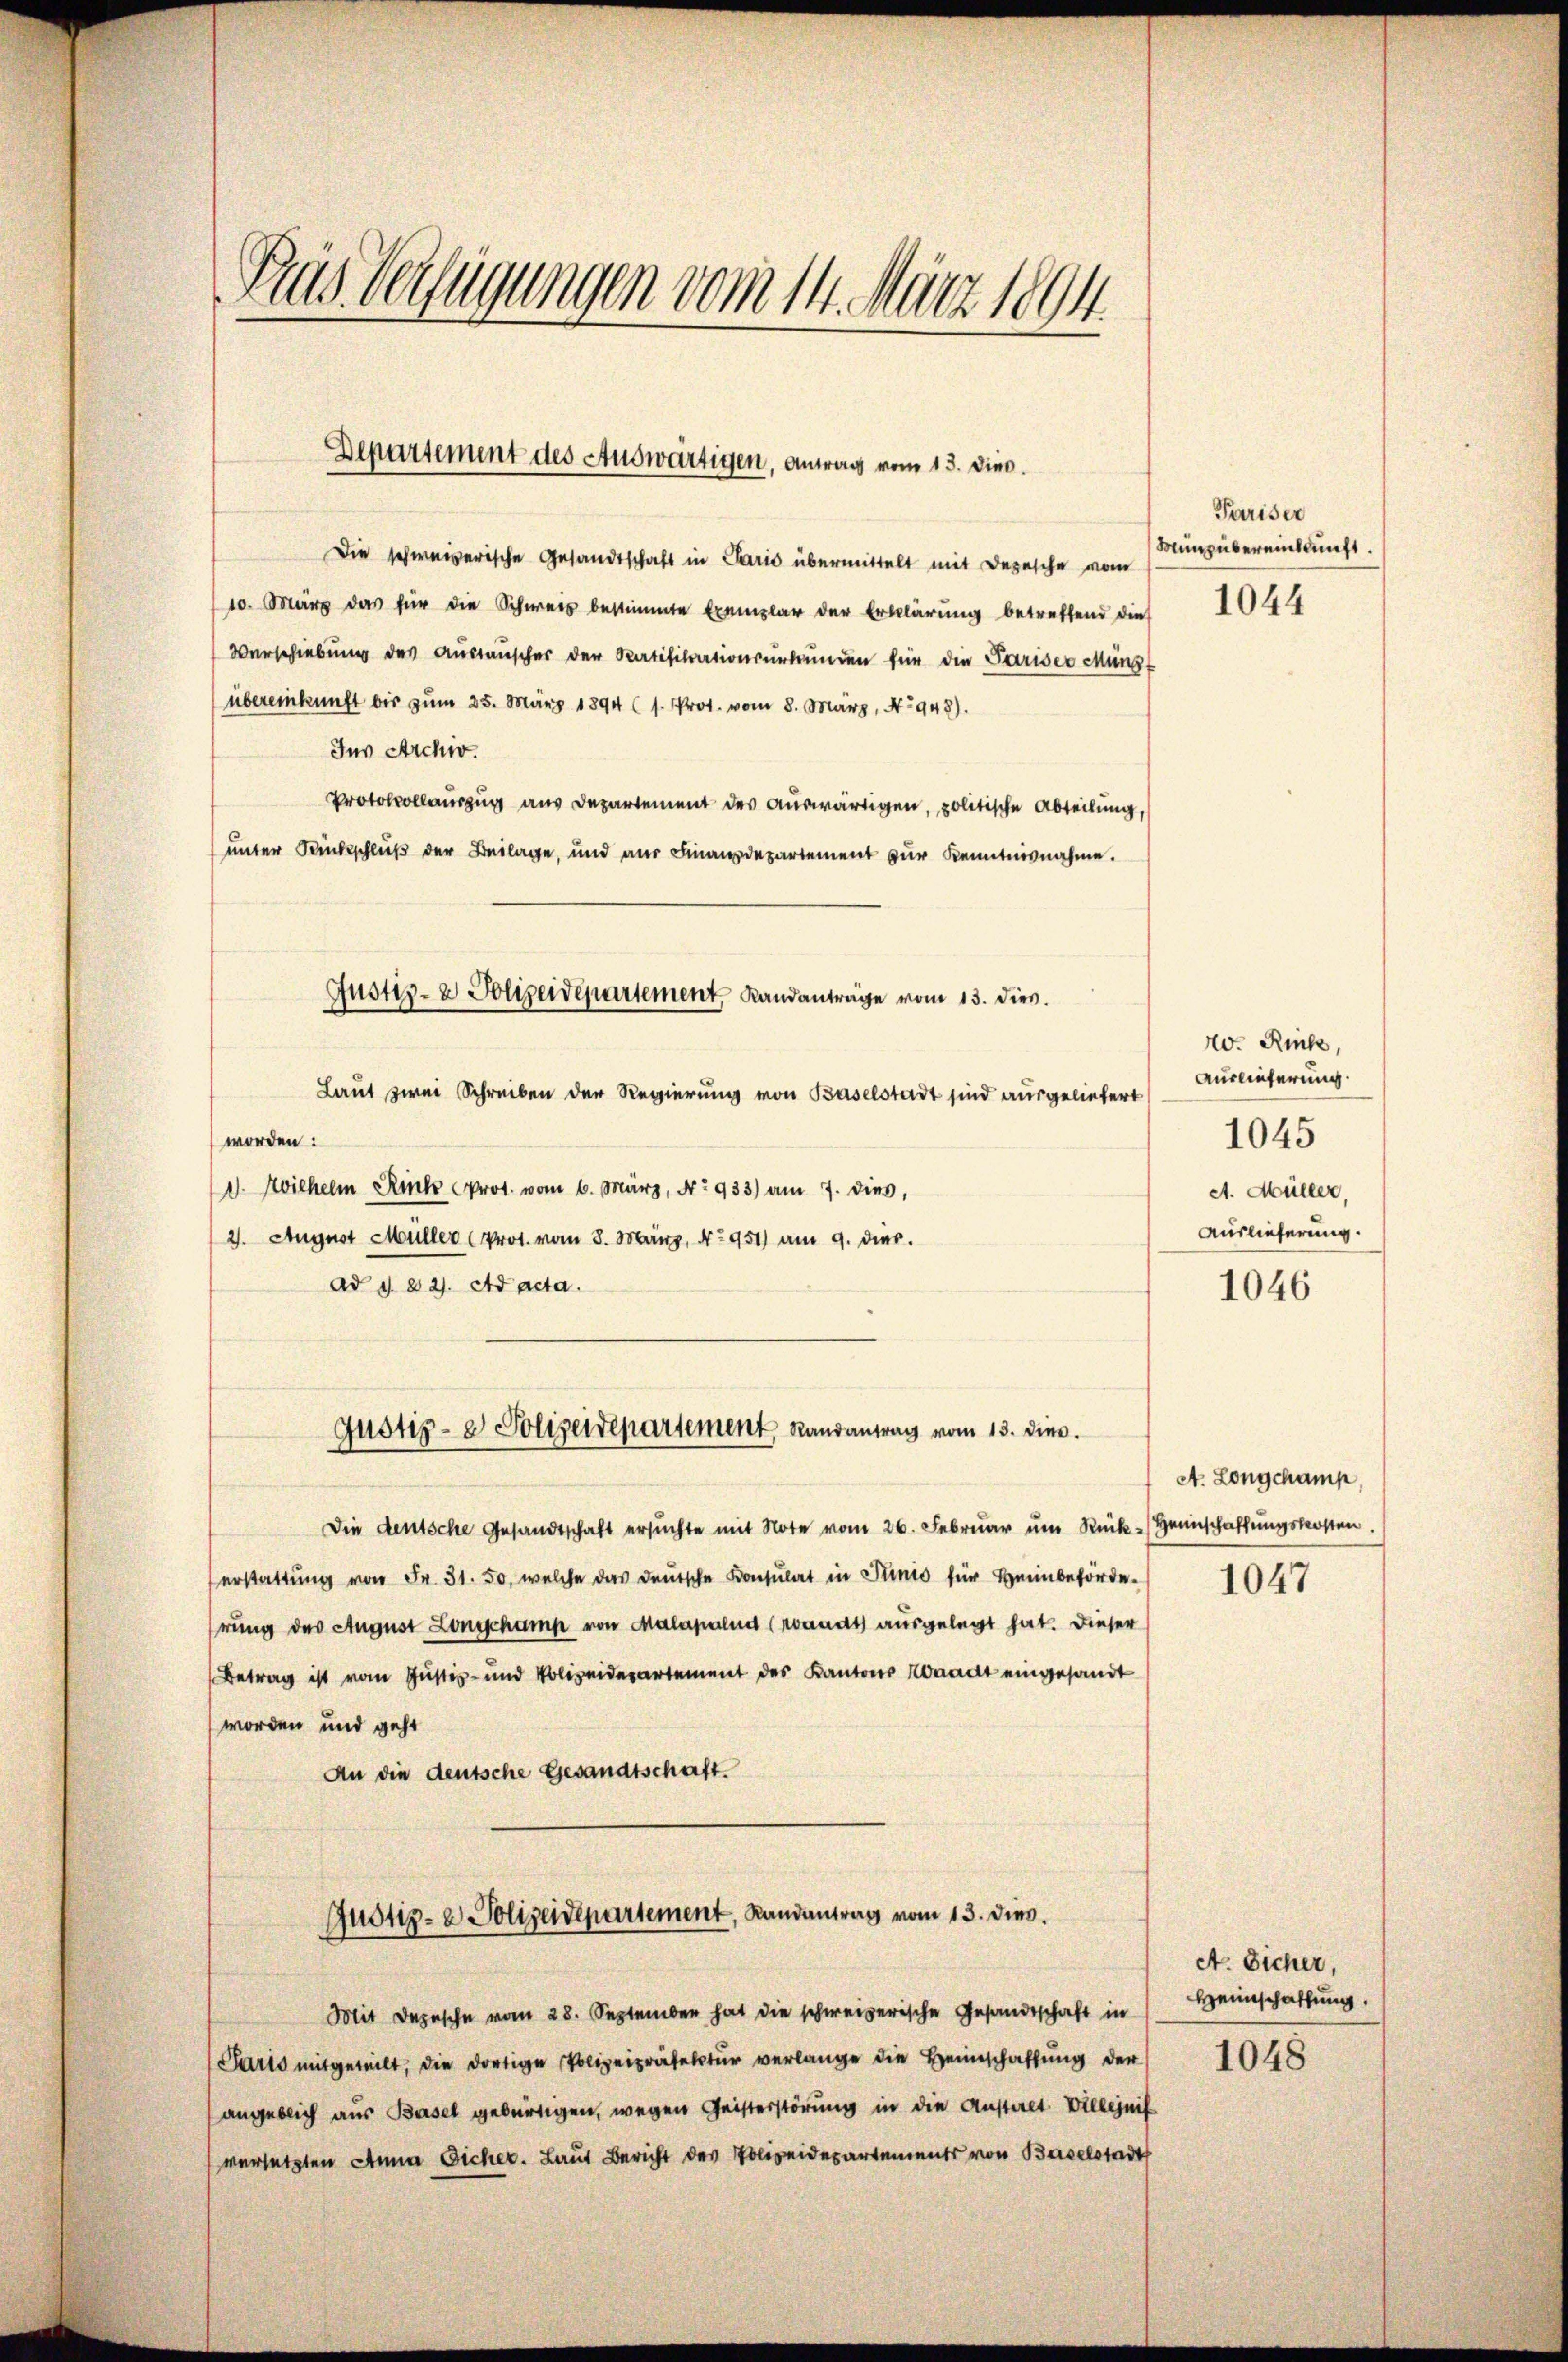
Die schweizerische Gesandtschaft in Paris übermittelt mit Depesche vom
10. März das für die Schweiz bestimmte Exemplar der Erklärung betreffend dies
Verschiebung des Austauscher der Ratifikationsurkunden für die Pariser Müngt
übereinkunft bis zum 25. März 1894 (s. Prot. vom 8. März, No 948).
Ins Archiv.
Protokollauszug aus Departement des auswärtigen, politische Abteilung,
unter Rückschluß der Beilage, und aus Finanzdepartement zur Kenntnisnahme.
Justiz- & Polizeidepartement, Randanträge vom 13. dies.
Laut zwei Schreiben der Regierung von Baselstadt sind ausgeliefert
worden:
V. Wilhelm Rink Prot. vom 6. März, No 933) am 7. dies,
2. August Müller (Prot. vom 8. März, No 951) am 9. dies
ad §. 821. Ad acta.

Pras Verfügungen vom 14. März 1894.

Departement des Auswärtigen, Antrag vom 13. Die.

Justiz- & Polizeidepartement Randantrag vom 13. dies.

Die deutsche Gesandtschaft ersŭchte mit Note vom 26. Febrŭar ŭm Rück-Heimschaffŭngskosten.
erstattung von Fr. 31. 50, welche das deutsche Konsulat in Plinio für Heinbehörderung des August Longchamp von Malapalud (roaadt ausgelegt hat. Dieser
Betrag ist vom Justiz- und Polizeidepartement des Kantons Konradt eingesandt
worden und geht
An die deutsche Gesandtschaft.

Justiz- & Polizeidepartement, Landantrag vom 13. dies.

Mit Depesche vom 28. September hat die schweizerische Gesandtschaft in

Pariser
Münz übereinkunft.
1044

Parts mitgeteilt, die dortige Polizeipräsektur verlange die Heimschaftung der
angeblich aus Basel gebürtigen, wegen Geisterstörung in die Anstalt Villenis
versetzten Anna Sicher. Laut Bericht des Polizeidepartements von Baselstadt

20. Rück
Auslieferung.
1045
A. Müller,
Auslieferung.

1046

At. Longchamp,

1047

A. Sicher,
Heimschaffung.

1048